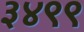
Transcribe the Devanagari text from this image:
३४९९